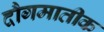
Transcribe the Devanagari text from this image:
दौगमातीक